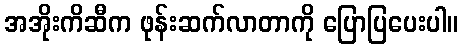
အအိုးကိဆီက ဖုန်းဆက်လာတာကို ပြောပြပေးပါ။